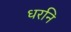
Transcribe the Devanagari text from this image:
धरनि